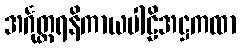
အင်္ဂုတ္တရနိကာယပါဠိအဋ္ဌကထာ